Plague in India, 1896, 1897 - Volume 1
Year: 1896
Disease focus: Plague
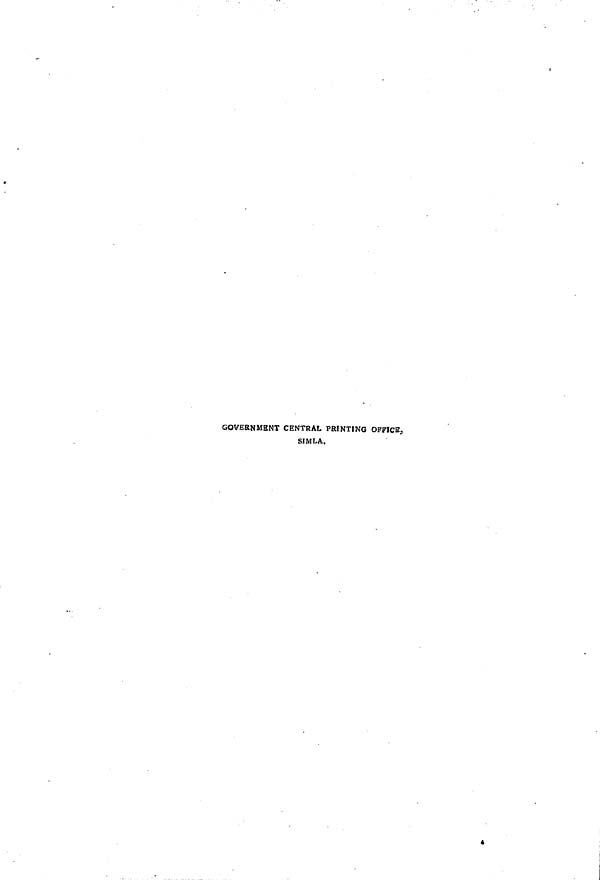
GOVERNMENT CENTRAL PRINTING OFFICE,
SIMLA.